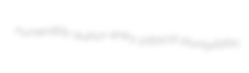
numerably author-entry pittacal plurisyllabic